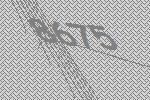
8675